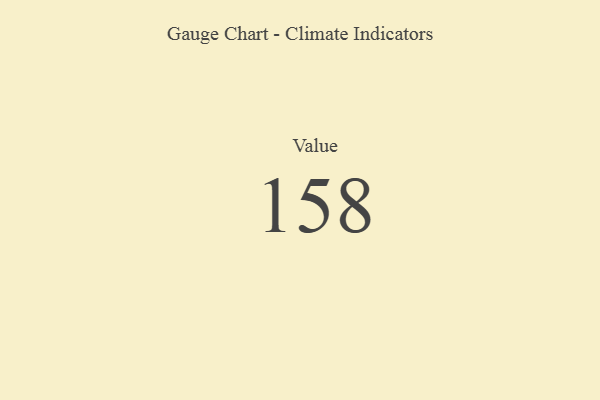
{"axis": {"x": "Metric", "y": "Value"}, "legend": [""], "data": [{"x": "Value", "y": 158, "type": ""}]}